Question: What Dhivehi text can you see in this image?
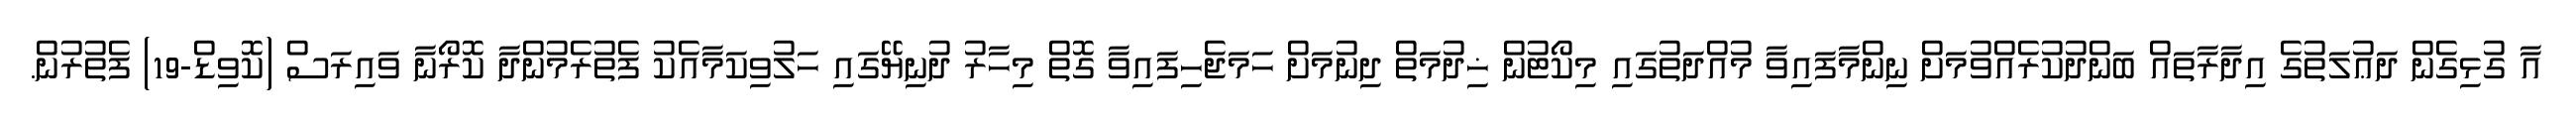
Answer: އާ ގުޅިގެން ދަޢުލަތުގެ އިދާރާތައް ބަންދުކުރެއްވުމަށް ނިންމާފައިވާ މުއްދަތުގައި މިކޯޓުން ޚިދުމަތް ދިނުމަށް ހަމަޖެހިފައިވާ ގޮތް މިހާރު ދުނިޔޭގައި ހަލުވިކަމާއެކު ފެތުރެމުންދާ ކޮރޯނާ ވައިރަސް (ކޮވިޑް-19) ފެތުރުން.